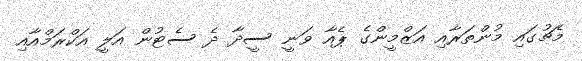
މެޗުގައި މުންތަރާއި އަޒްމީންގެ ޕެއާ ވަނީ ސީދާ ދެ ސެޓުން އަލީ އަކްރަމްއާއި